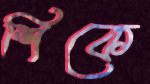
শিকে